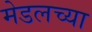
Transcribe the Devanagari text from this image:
मेडलच्या